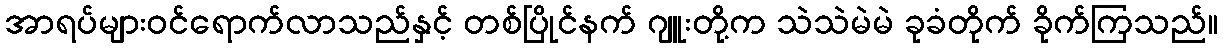
အာရပ်များဝင်ရောက်လာသည်နှင့် တစ်ပြိုင်နက် ဂျူးတို့က သဲသဲမဲမဲ ခုခံတိုက် ခိုက်ကြသည်။